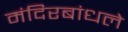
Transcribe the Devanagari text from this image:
मंदिरबांधले